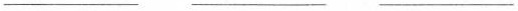
___ ___ ___